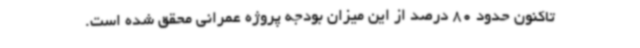
تاکنون حدود 80 درصد از این میزان بودجه پروژه عمرانی محقق شده است.